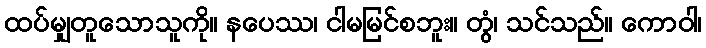
ထပ်မျှတူသောသူကို။ နပေဿ၊ ငါမမြင်စဘူး။ တွံ၊ သင်သည်။ ကောဝါ၊